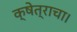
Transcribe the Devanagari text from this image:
क्षेत्राचा।